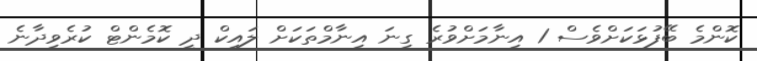
ކޮންމެ ބޭފުޅަކަށްވެސް 1 އިނާމަށްވުރެ ގިނަ އިނާމްތަކަށް ލައިކް ދީ ކޮމެންޓް ކުރެވިދާނެ